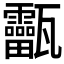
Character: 𤮸